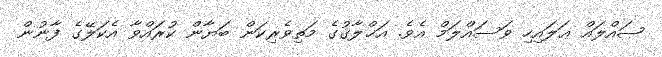
ޞައްލައް ޢަލައިހި ވަސައްލަމް އެވެ. އަޚްލާޤުގެ މަތިވެރިކަން ބަޔާން ކުރައްވާ އެކަލޭގެ ފާނުން